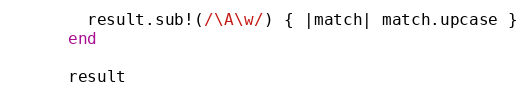
Language: Ruby
        result.sub!(/\A\w/) { |match| match.upcase }
      end

      result